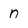
Character: n